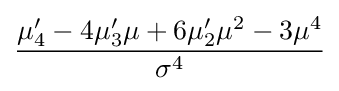
{\frac {\mu '_{4}-4\mu '_{3}\mu +6\mu '_{2}\mu ^{2}-3\mu ^{4}}{\sigma ^{4}}}